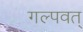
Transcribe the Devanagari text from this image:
गल्पवत्